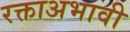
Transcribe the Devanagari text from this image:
रक्ताअभावी